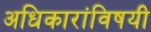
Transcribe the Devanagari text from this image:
अधिकारांविषयी